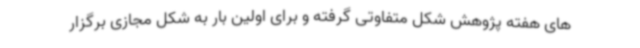
های هفته پژوهش شکل متفاوتی گرفته و برای اولین بار به شکل مجازی برگزار